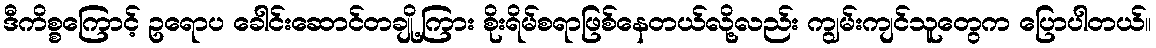
ဒီကိစ္စကြောင့် ဥရောပ ခေါင်းဆောင်တချို့ကြား စိုးရိမ်စရာဖြစ်နေတယ်လို့လည်း ကျွမ်းကျင်သူတွေက ပြောပါတယ်။